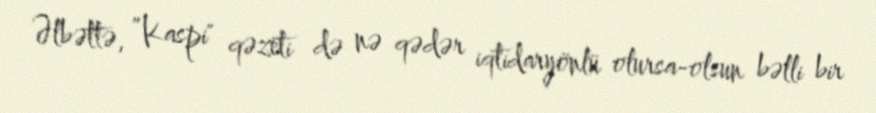
Əlbəttə, ”Kaspi" qəzeti də nə qədər iqtidaryönlü olursa-olsun bəlli bir